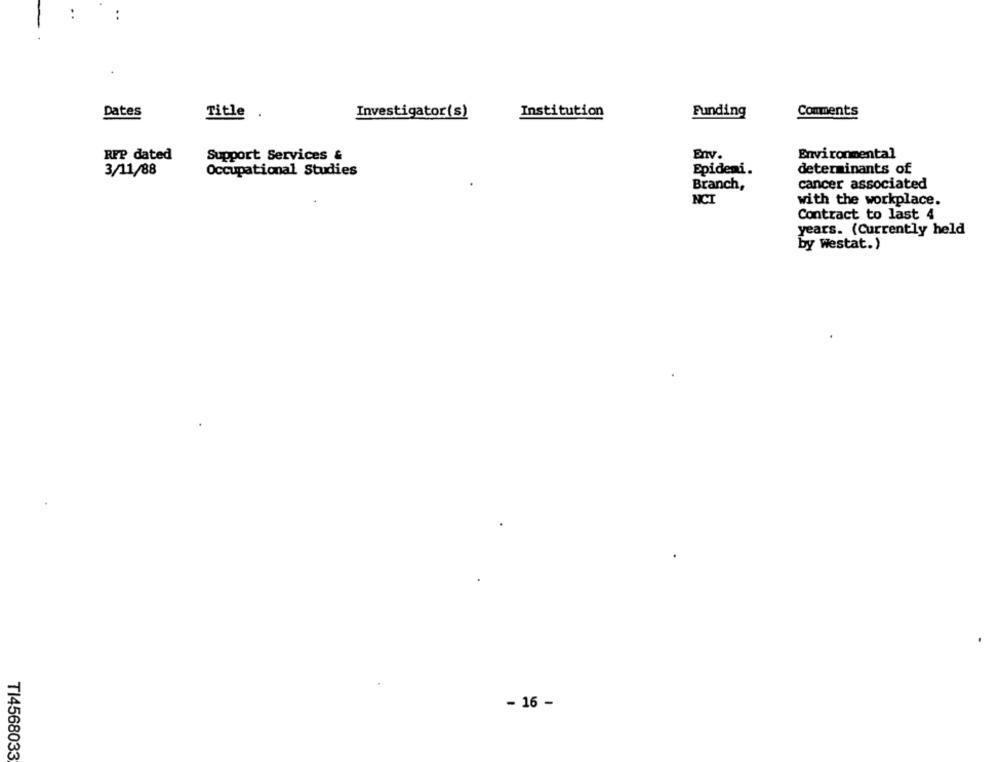
Dates
Title .
Investigator(s)
Institution
Funding
Comments
RFP dated
Support Services &
Env.
Environmental
3/11/88
Occupational Studies
Epidemi.
determinants of
Branch,
cancer associated
NCT
with the workplace.
Contract to last 4
years. (Currently held
by westat.)
- 16 -
TI4568033